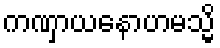
ကဏှာယနောဟမသ္မိ